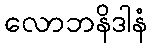
လောဘနိဒါနံ